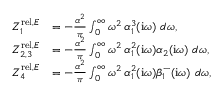
\begin{array} { r l } { Z _ { 1 } ^ { \mathrm { r e l } , E } } & { = - \frac { \alpha ^ { 2 } } \pi \int _ { 0 } ^ { \infty } \omega ^ { 2 } \, \alpha _ { 1 } ^ { 3 } ( \mathrm { i } \omega ) ~ d \omega , } \\ { Z _ { 2 , 3 } ^ { \mathrm { r e l } , E } } & { = - \frac { \alpha ^ { 2 } } \pi \int _ { 0 } ^ { \infty } \omega ^ { 2 } \, \alpha _ { 1 } ^ { 2 } ( \mathrm { i } \omega ) \alpha _ { 2 } ( \mathrm { i } \omega ) ~ d \omega , } \\ { Z _ { 4 } ^ { \mathrm { r e l } , E } } & { = - \frac { \alpha ^ { 2 } } \pi \int _ { 0 } ^ { \infty } \omega ^ { 2 } \, \alpha _ { 1 } ^ { 2 } ( \mathrm { i } \omega ) \beta _ { 1 } ^ { - } ( \mathrm { i } \omega ) ~ d \omega , } \end{array}